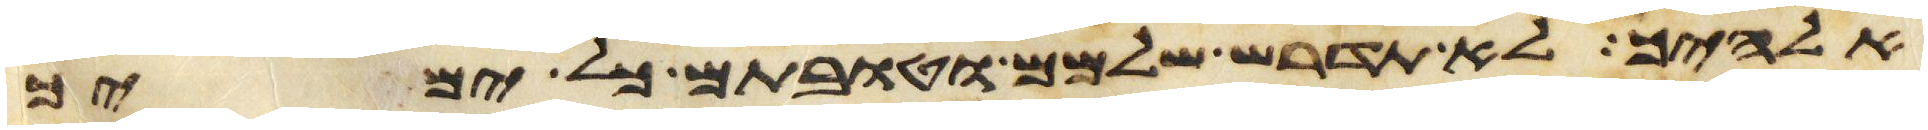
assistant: אלהיך לא תדרש שלמם וטובתם כל ימיך